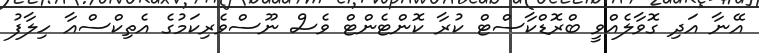
އޭނާ އަދި ގޮވާލެއްވީ ބްރޮޑްކާސްޓް ކުރާ ކޮންޓެންޓް ވެސް ނޫސްވެރިކަމުގެ އެތިކްސްއާ ހިލާފު